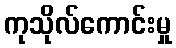
ကုသိုလ်ကောင်းမှု